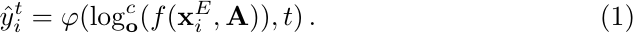
\begin{equation}
\label{eq13}
    \hat{y}_i^{t} =  \varphi({\log_{\mathbf{o}}^c(f(\mathbf{x}_i^E, \mathbf{A})), t}) \,.
\end{equation}